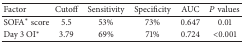
<table><thead><tr><td><b>Factor</b></td><td><b>Cutoff</b></td><td><b>Sensitivity</b></td><td><b>Specificity</b></td><td><b>AUC</b></td><td><b><i>P</i> values</b></td></tr></thead><tbody><tr><td>SOFA* score</td><td>5.5</td><td>53%</td><td>73%</td><td>0.647</td><td>0.01</td></tr><tr><td>Day 3 OI*</td><td>3.79</td><td>69%</td><td>71%</td><td>0.724</td><td>&lt;0.001</td></tr></tbody></table>